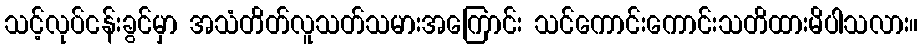
သင့်လုပ်ငန်းခွင်မှာ အသံတိတ်လူသတ်သမားအကြောင်း သင်ကောင်းကောင်းသတိထားမိပါသလား။